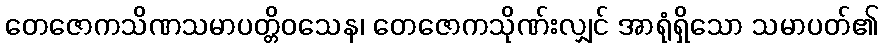
တေဇောကသိဏသမာပတ္တိဝသေန၊ တေဇောကသိုဏ်းလျှင် အာရုံရှိသော သမာပတ်၏